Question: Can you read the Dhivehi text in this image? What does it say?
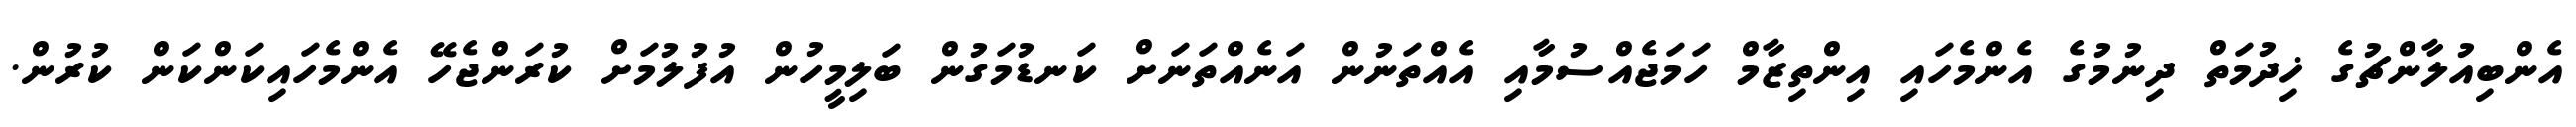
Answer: އެންބިއުލާންޗުގެ ޚިދުމަތް ދިނުމުގެ އެންމެހައި އިންތިޒާމް ހަމަޖެއްސުމާއި އެއްތަނުން އަނެއްތަނަށް ކަނޑުމަގުން ބަލިމީހުން އުފުލުމަށް ކުރަންޖެހޭ އެންމެހައިކަންކަން ކުރުން.